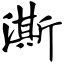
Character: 澌